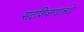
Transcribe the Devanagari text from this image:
सदाशिवगडाकडे